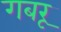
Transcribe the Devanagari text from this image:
गबरू